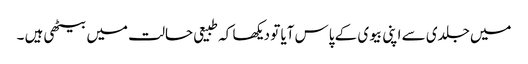
میں جلدی سے اپنی بیوی کے پاس آیا تو دیکھا کہ طبیعی حالت میں بیٹھی ہیں ۔